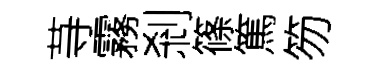
䒭霧剎篠篤笏